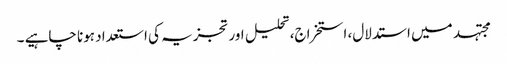
مجتہد میں استدلال، استخراج، تحلیل اور تجزیہ کی استعداد ہونا چاہیے ۔